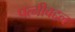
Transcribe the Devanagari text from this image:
पत्नीबद्दल